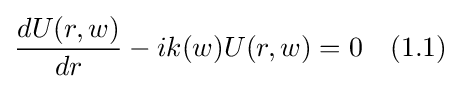
{\frac {dU(r,w)}{dr}}-ik(w)U(r,w)=0\quad (1.1)